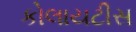
કોલાયટીસ